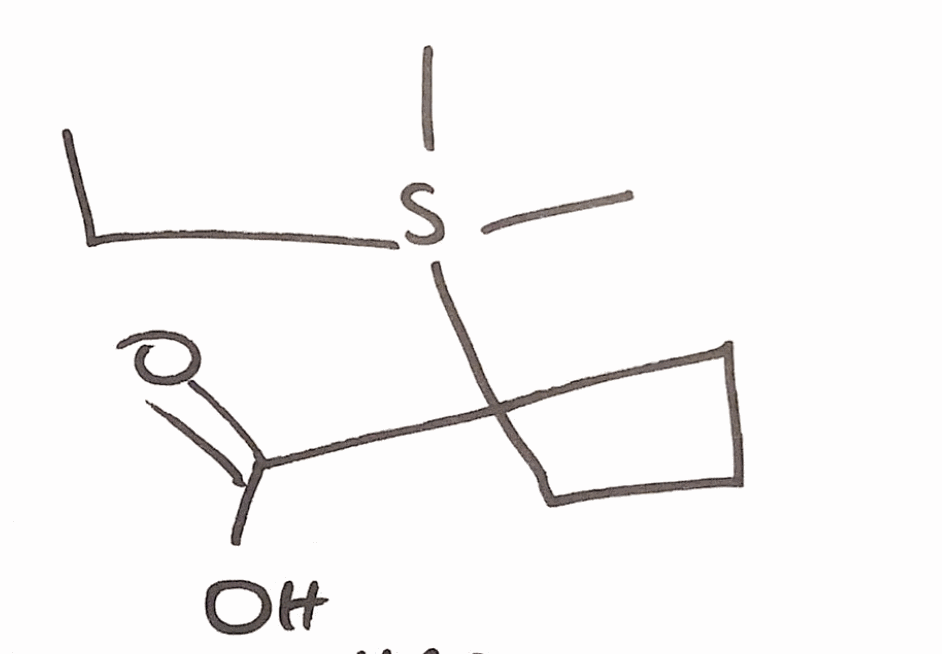
Simplified molecular-input line-entry system (SMILES) notation of the given molecule:
CCS(C)(C)C1(CCC1)C(=O)O